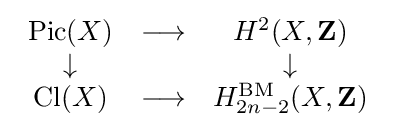
{\begin{array}{ccc}\operatorname {Pic} (X)&\longrightarrow &H^{2}(X,\mathbf {Z} )\\\downarrow &&\downarrow \\\operatorname {Cl} (X)&\longrightarrow &H_{2n-2}^{\operatorname {BM} }(X,\mathbf {Z} )\end{array}}